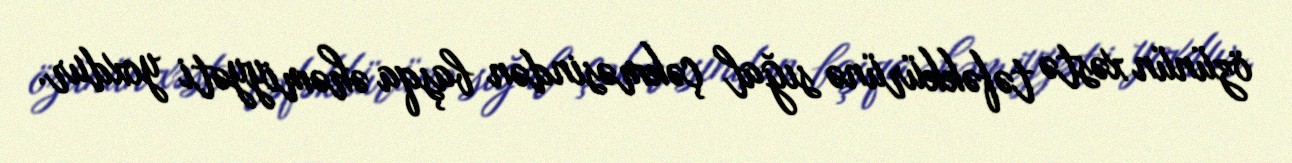
özünün xəstə təfəkkürünə sığal çəkməsindən başqa əhəmiyyəti yoxdur.